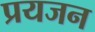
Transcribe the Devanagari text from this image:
प्रयजन